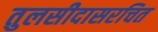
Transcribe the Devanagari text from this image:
तुलसीदासरचित